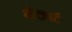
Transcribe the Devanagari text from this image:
मोत्ज़ार्ट